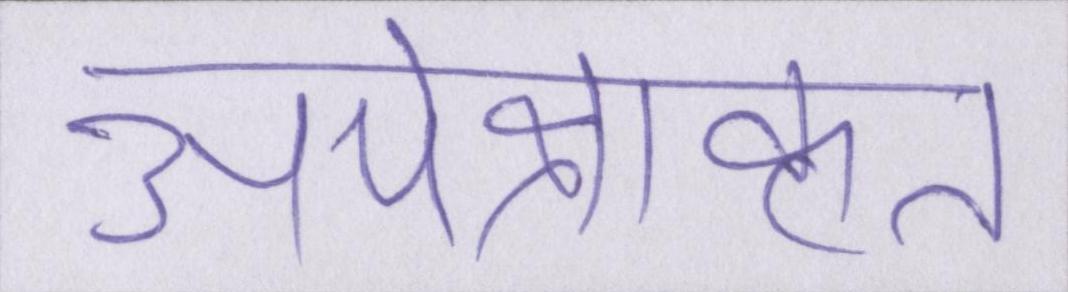
अपेक्षाकृत